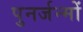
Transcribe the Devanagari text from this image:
पुनर्जन्मों